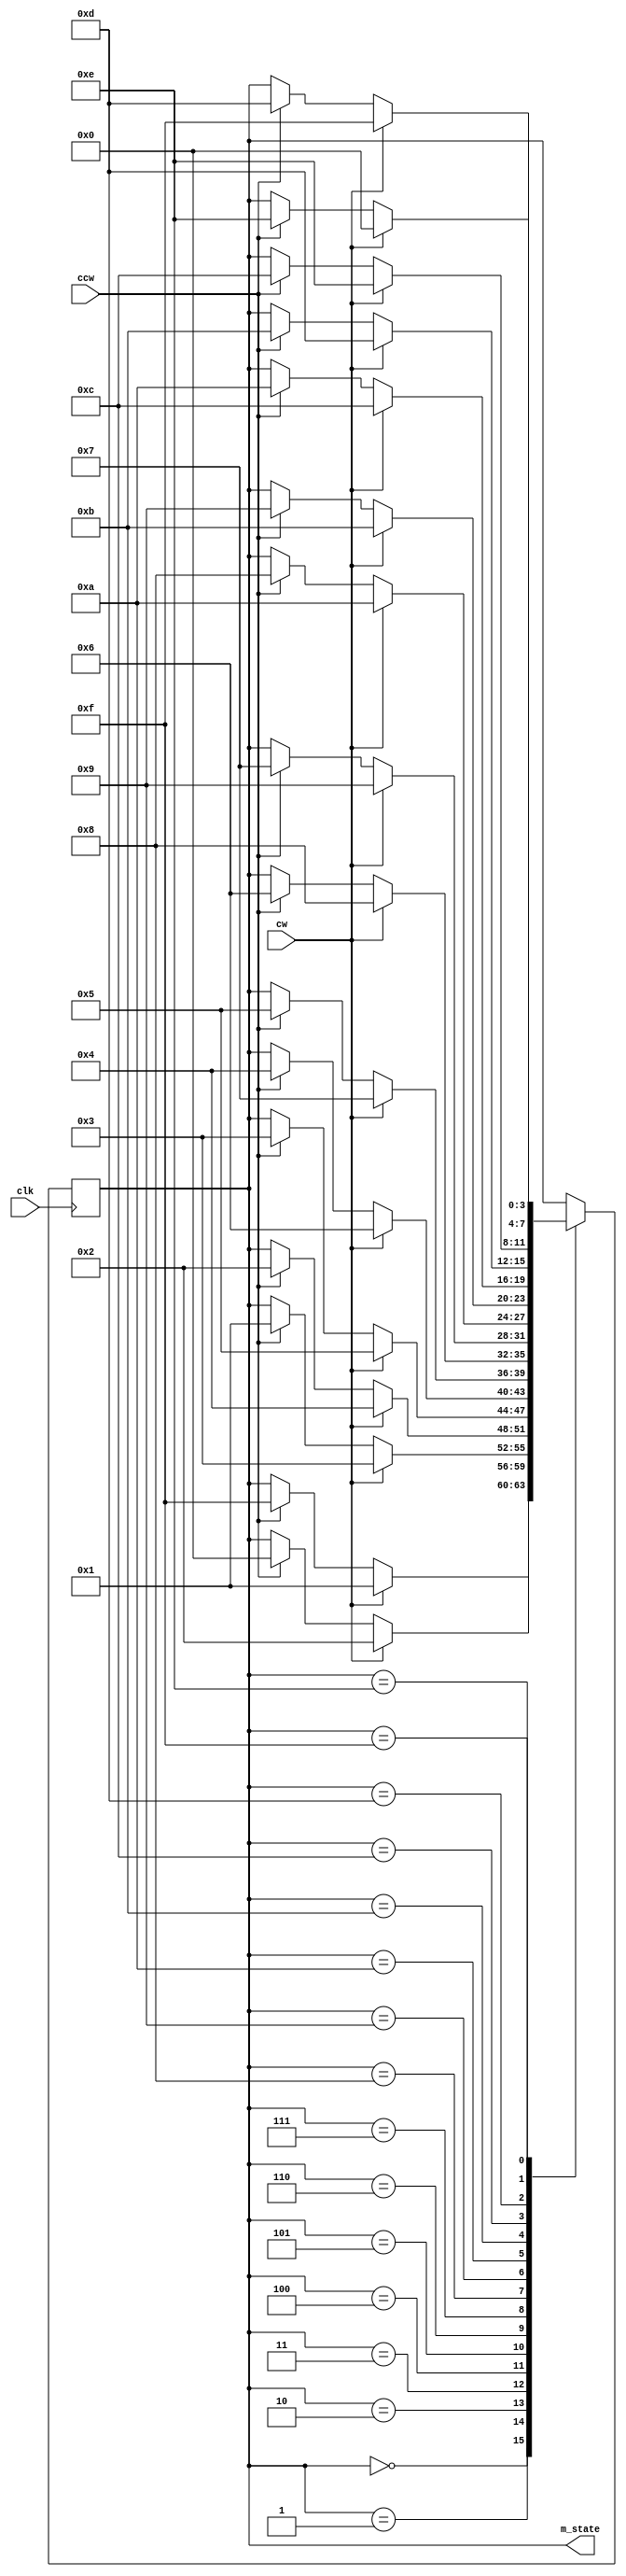
`timescale 1ns / 1ps
//////////////////////////////
//
//////////////////////////////
module mem_states(m_state, cw, ccw, clk);
	input clk, cw, ccw;
	output reg [3:0] m_state;

	always @(posedge clk) begin
		case(m_state)
			0: begin 
					if (cw)
						m_state<=1;
					else if (ccw)
						m_state<=15;
			end
			1: begin 
					if (cw)
						m_state<=2;
					else if (ccw)
						m_state<=0;
			end
			2: begin 
					if (cw)
						m_state<=3;
					else if (ccw)
						m_state<=1;
			end
			3: begin 
					if (cw)
						m_state<=4;
					else if (ccw)
						m_state<=2;
			end
			4: begin 
					if (cw)
						m_state<=5;
					else if (ccw)
						m_state<=3;
			end
			5: begin 
					if (cw)
						m_state<=6;
					else if (ccw)
						m_state<=4;
			end
			6: begin 
					if (cw)
						m_state<=7;
					else if (ccw)
						m_state<=5;
			end
			7: begin 
					if (cw)
						m_state<=8;
					else if (ccw)
						m_state<=6;
			end
			8: begin 
					if (cw)
						m_state<=9;
					else if (ccw)
						m_state<=7;
			end
			9: begin 
					if (cw)
						m_state<=10;
					else if (ccw)
						m_state<=8;
			end
			10: begin 
					if (cw)
						m_state<=11;
					else if (ccw)
						m_state<=9;
			end
			11: begin 
					if (cw)
						m_state<=12;
					else if (ccw)
						m_state<=10;
			end
			12: begin 
					if (cw)
						m_state<=13;
					else if (ccw)
						m_state<=11;
			end
			13: begin 
					if (cw)
						m_state<=14;
					else if (ccw)
						m_state<=12;
			end
			14: begin 
					if (cw)
						m_state<=15;
					else if (ccw)
						m_state<=13;
			end
			15: begin 
					if (cw)
						m_state<=0;
					else if (ccw)
						m_state<=14;
			end
			default: m_state<=0;
		endcase
	end
endmodule